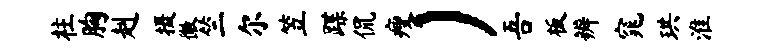
柱胸赳摄徽竺尔笠蹀侃瘦）吾板辨窕珙淮